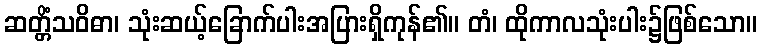
ဆတ္တိံသဝိဓာ၊ သုံးဆယ့်ခြောက်ပါးအပြားရှိကုန်၏။ တံ၊ ထိုကာလသုံးပါး၌ဖြစ်သော။